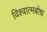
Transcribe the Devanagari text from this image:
विश्वात्मबोध